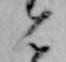
ん